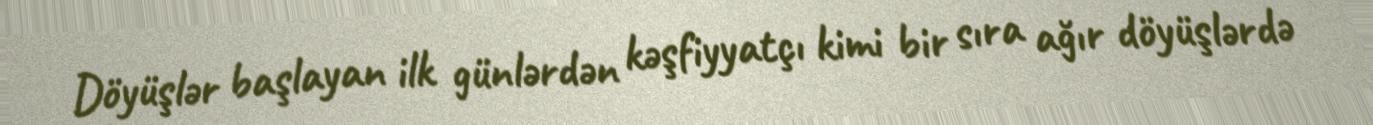
Döyüşlər başlayan ilk günlərdən kəşfiyyatçı kimi bir sıra ağır döyüşlərdə